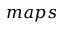
m a p s